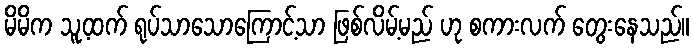
မိမိက သူ့ထက် ရုပ်သာသောကြောင့်သာ ဖြစ်လိမ့်မည် ဟု စကားလက် တွေးနေသည်။